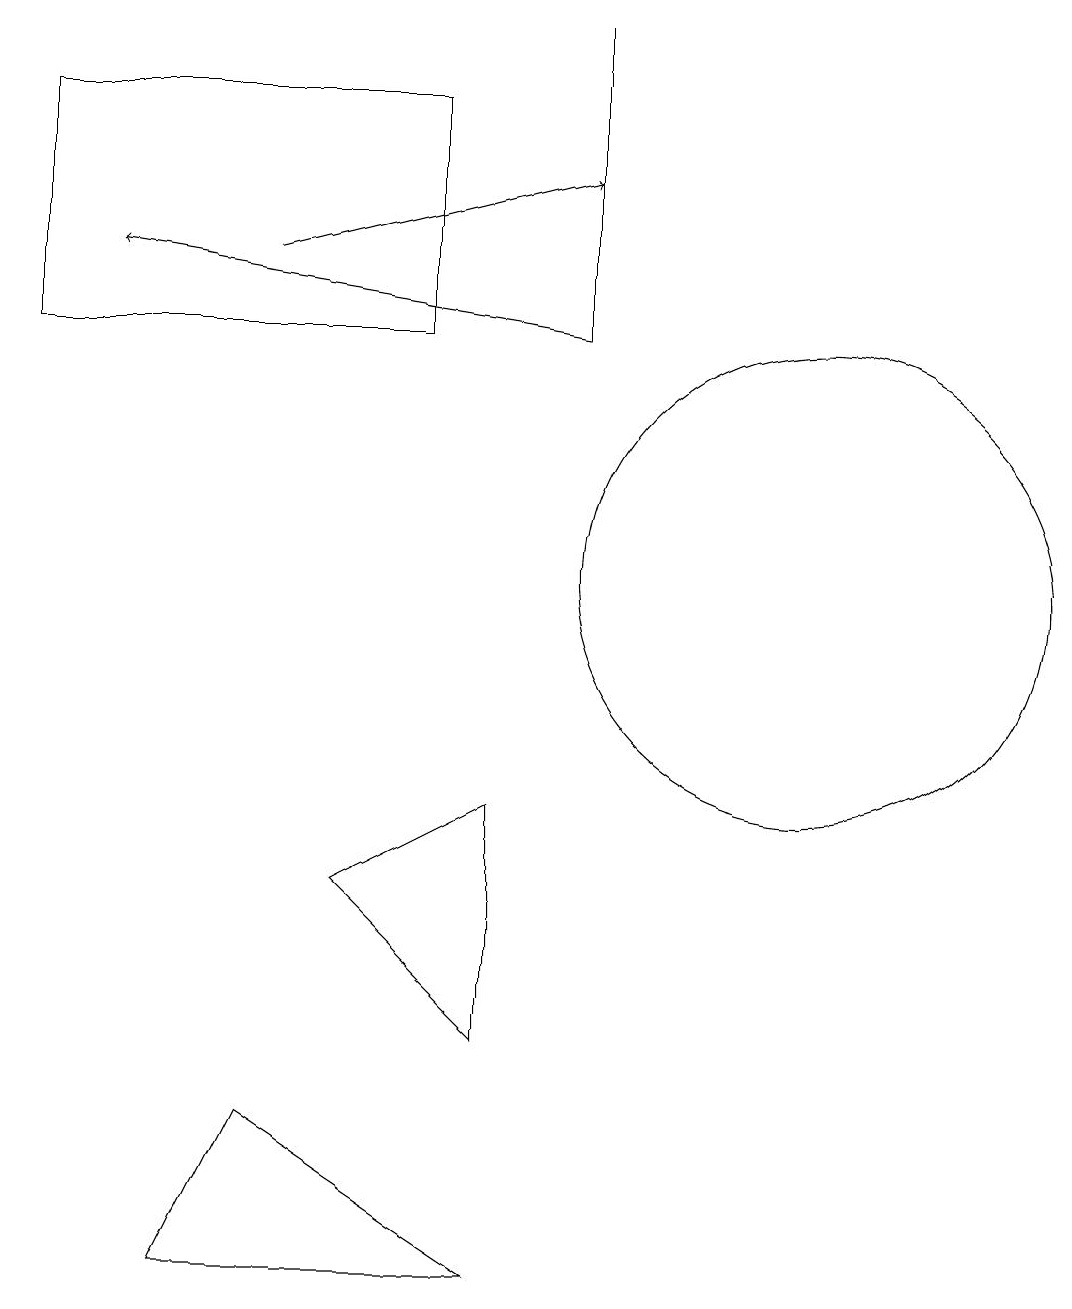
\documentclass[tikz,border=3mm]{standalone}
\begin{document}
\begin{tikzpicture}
\draw[->] (7,13) -- (1,14);
\draw (6,7) -- (4,6) -- (6,4) -- cycle;
\draw[->] (3,14) -- (7,15);
\draw (5,13) rectangle (0,16);
\draw (7,13) rectangle (7,17);
\draw (10,10) circle (3);
\draw (2,1) -- (3,3) -- (6,1) -- cycle;
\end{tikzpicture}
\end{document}